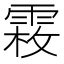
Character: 𩃝